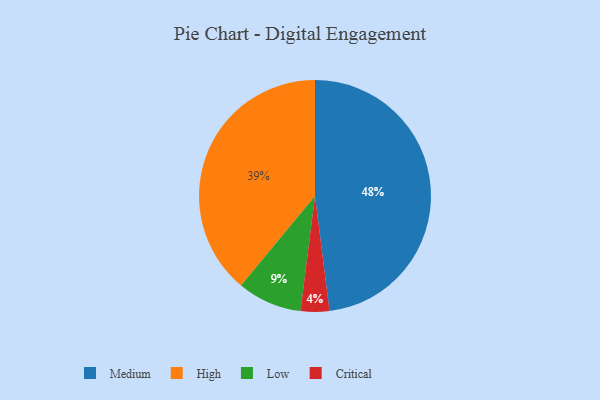
{"axis": {"x": "Category", "y": "Percentage"}, "legend": ["Critical", "High", "Low", "Medium"], "data": [{"x": "High", "y": 39, "type": "High"}, {"x": "Critical", "y": 4, "type": "Critical"}, {"x": "Low", "y": 9, "type": "Low"}, {"x": "Medium", "y": 48, "type": "Medium"}]}